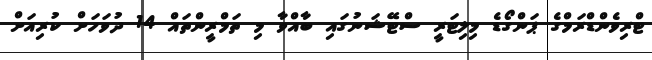
ޓްރިވެންޑްރަމްގެ ޕަންގޯޑެ މިލިޓަރީ ސްޓޭޝަނުގައި ބާއްވާ މި ތަމްރީންތައް 14 ދުވަހަށް ކުރިއަށް